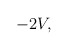
\begin{align*}- 2V, \end{align*}